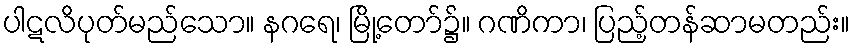
ပါဋလိပုတ်မည်သော။ နဂရေ၊ မြို့တော်၌။ ဂဏိကာ၊ ပြည့်တန်ဆာမတည်း။